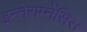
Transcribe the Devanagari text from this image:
इन्तेराम्नेंसिस